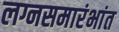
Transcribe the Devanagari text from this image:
लग्नसमारंभांत